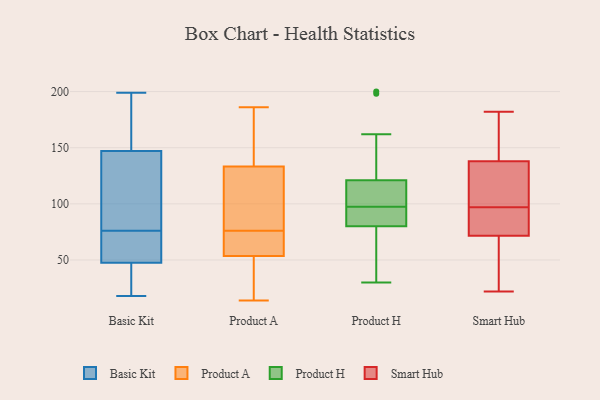
{"axis": {"x": "Gross Profit (USD K)", "y": "Value"}, "legend": ["Basic Kit", "Product A", "Product H", "Smart Hub"], "data": [{"x": "", "y": 24, "type": "Basic Kit"}, {"x": "", "y": 89, "type": "Basic Kit"}, {"x": "", "y": 44, "type": "Basic Kit"}, {"x": "", "y": 149, "type": "Basic Kit"}, {"x": "", "y": 18, "type": "Basic Kit"}, {"x": "", "y": 118, "type": "Basic Kit"}, {"x": "", "y": 167, "type": "Basic Kit"}, {"x": "", "y": 51, "type": "Basic Kit"}, {"x": "", "y": 199, "type": "Basic Kit"}, {"x": "", "y": 43, "type": "Basic Kit"}, {"x": "", "y": 24, "type": "Basic Kit"}, {"x": "", "y": 66, "type": "Basic Kit"}, {"x": "", "y": 123, "type": "Basic Kit"}, {"x": "", "y": 155, "type": "Basic Kit"}, {"x": "", "y": 72, "type": "Basic Kit"}, {"x": "", "y": 145, "type": "Basic Kit"}, {"x": "", "y": 191, "type": "Basic Kit"}, {"x": "", "y": 60, "type": "Basic Kit"}, {"x": "", "y": 80, "type": "Basic Kit"}, {"x": "", "y": 65, "type": "Basic Kit"}, {"x": "", "y": 40, "type": "Product A"}, {"x": "", "y": 116, "type": "Product A"}, {"x": "", "y": 70, "type": "Product A"}, {"x": "", "y": 73, "type": "Product A"}, {"x": "", "y": 35, "type": "Product A"}, {"x": "", "y": 54, "type": "Product A"}, {"x": "", "y": 97, "type": "Product A"}, {"x": "", "y": 127, "type": "Product A"}, {"x": "", "y": 140, "type": "Product A"}, {"x": "", "y": 76, "type": "Product A"}, {"x": "", "y": 182, "type": "Product A"}, {"x": "", "y": 52, "type": "Product A"}, {"x": "", "y": 172, "type": "Product A"}, {"x": "", "y": 186, "type": "Product A"}, {"x": "", "y": 61, "type": "Product A"}, {"x": "", "y": 14, "type": "Product A"}, {"x": "", "y": 131, "type": "Product A"}, {"x": "", "y": 200, "type": "Product H"}, {"x": "", "y": 117, "type": "Product H"}, {"x": "", "y": 118, "type": "Product H"}, {"x": "", "y": 30, "type": "Product H"}, {"x": "", "y": 121, "type": "Product H"}, {"x": "", "y": 80, "type": "Product H"}, {"x": "", "y": 93, "type": "Product H"}, {"x": "", "y": 84, "type": "Product H"}, {"x": "", "y": 85, "type": "Product H"}, {"x": "", "y": 102, "type": "Product H"}, {"x": "", "y": 162, "type": "Product H"}, {"x": "", "y": 198, "type": "Product H"}, {"x": "", "y": 67, "type": "Product H"}, {"x": "", "y": 36, "type": "Product H"}, {"x": "", "y": 34, "type": "Smart Hub"}, {"x": "", "y": 117, "type": "Smart Hub"}, {"x": "", "y": 49, "type": "Smart Hub"}, {"x": "", "y": 79, "type": "Smart Hub"}, {"x": "", "y": 121, "type": "Smart Hub"}, {"x": "", "y": 81, "type": "Smart Hub"}, {"x": "", "y": 135, "type": "Smart Hub"}, {"x": "", "y": 160, "type": "Smart Hub"}, {"x": "", "y": 182, "type": "Smart Hub"}, {"x": "", "y": 81, "type": "Smart Hub"}, {"x": "", "y": 162, "type": "Smart Hub"}, {"x": "", "y": 97, "type": "Smart Hub"}, {"x": "", "y": 93, "type": "Smart Hub"}, {"x": "", "y": 147, "type": "Smart Hub"}, {"x": "", "y": 129, "type": "Smart Hub"}, {"x": "", "y": 35, "type": "Smart Hub"}, {"x": "", "y": 22, "type": "Smart Hub"}]}